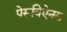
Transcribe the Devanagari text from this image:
पेरूविऐनस